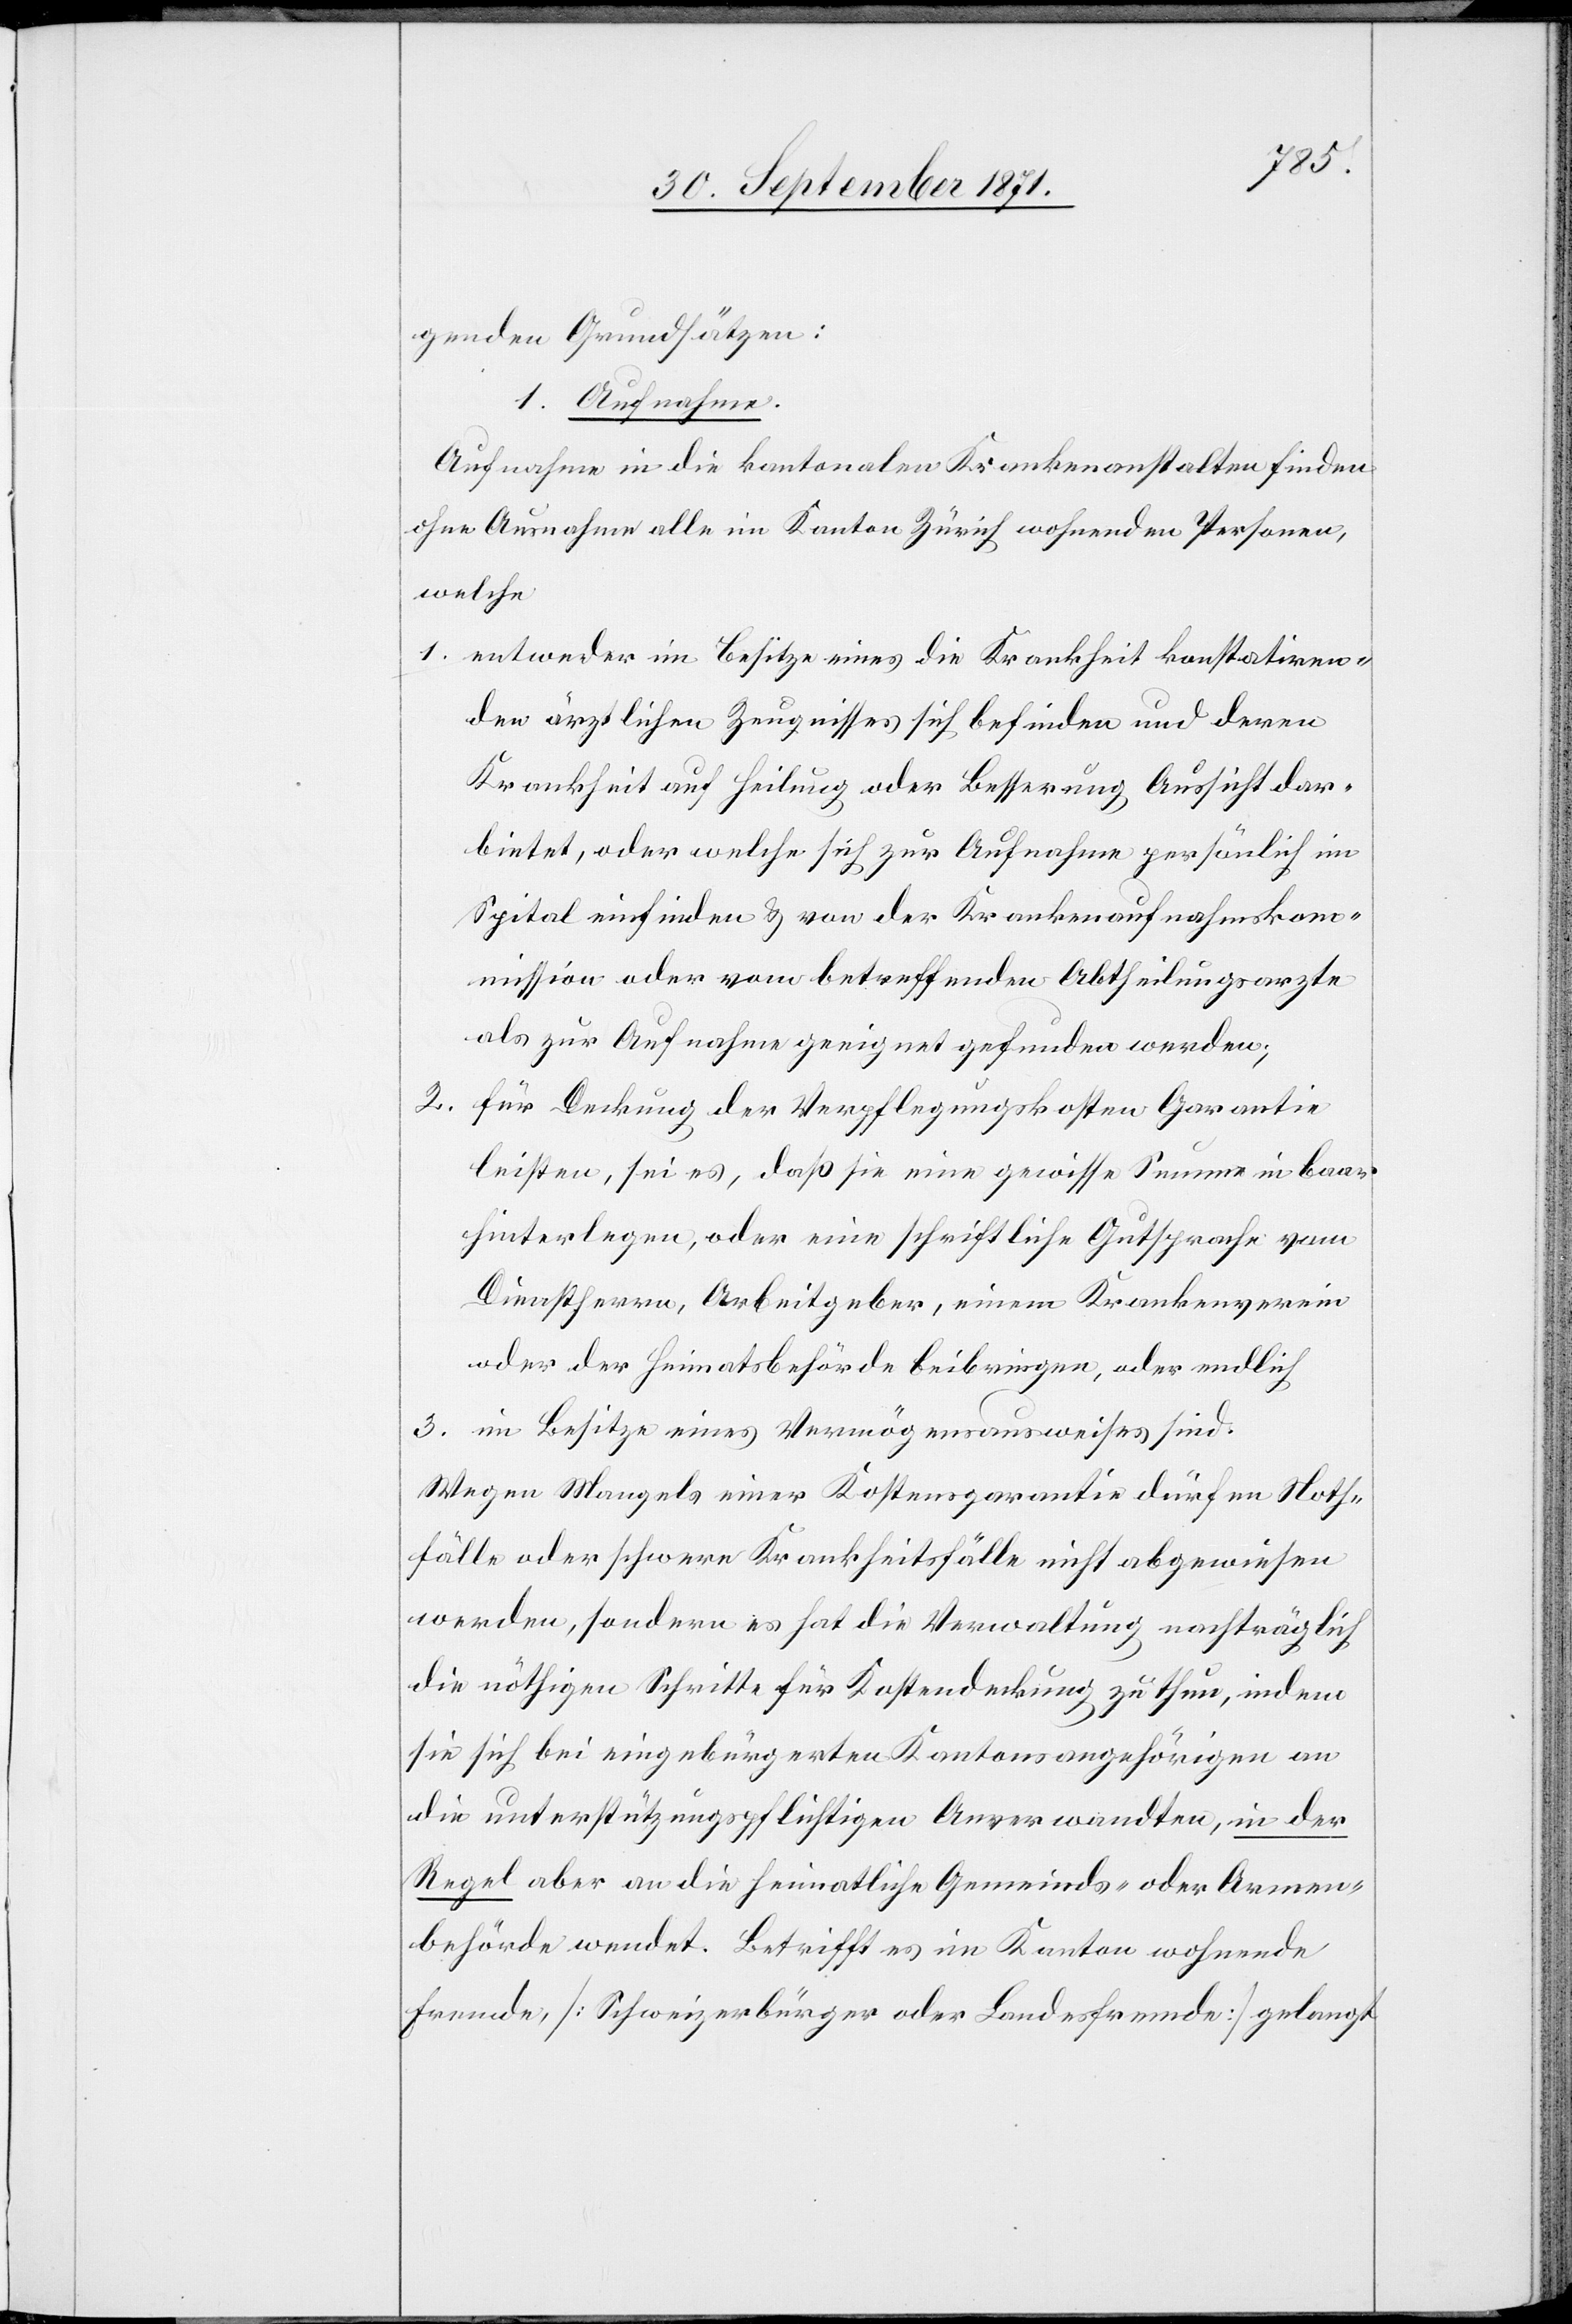
Armen¬
genden Grundsätzen:
1. Aufnahme.
Aufnahme in die kantonalen Krankenanstalten finden
ohne Ausnahme alle im Kanton Zürich wohnenden Personen,
welche
1. entweder im Besitze eines die Krankheit konstatiren¬
den ärztlichen Zeugnisses sich befinden und deren
Krankheit auf Heilung oder Besserung Aussicht dar¬
bietet, oder welche sich zur Aufnahme persönlich im
Spital einfinden & von der Krankenaufnahmskom¬
mission oder vom betreffenden Abtheilungsarzte
als zur Aufnahme geeignet gefunden werden;
2. für Deckung der Verpflegungskosten Garantie
leisten, sei es, daß sie eine gewisse Summe in baar
hinterlegen, oder eine schriftliche Gutsprache vom
Dienstherren, Arbeitgeber, einem Krankenverein
oder der Heimatbehörde beibringen, oder endlich
3. im Besitze eines Vermögensausweises sind.
Wegen Mangels einer Kostengarantie dürfen Noth¬
fälle oder schwere Krankheitsfälle nicht abgewiesen
werden, sondern es hat die Verwaltung nachträglich
die nöthigen Schritte für Kostendeckung zu thun, indem
sie sich bei eingebürgerten Kantonsangehörigen an
die unterstützungspflichtige Gemeinde- oder
behörde wendet. Betrifft es im Kanton wohnende
Fremde [Schweizerbürger oder Landesfremde] gelangt